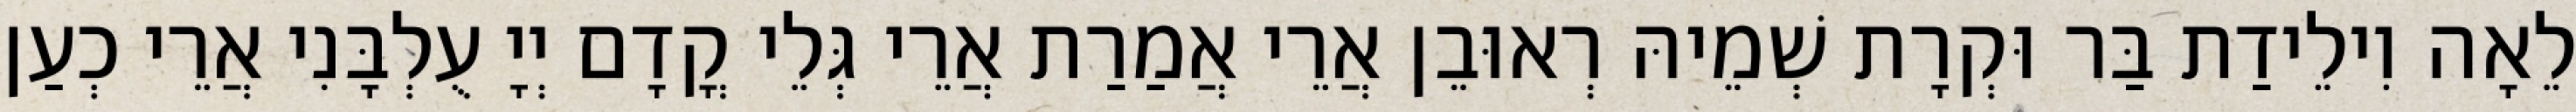
לֵאָה וִילֵידַת בַּר וּקְרָת שְׁמֵיהּ רְאוּבֵן אֲרֵי אֲמַרַת אֲרֵי גְּלֵי קֳדָם יְיָ עֻלְבָּנִי אֲרֵי כְעַן